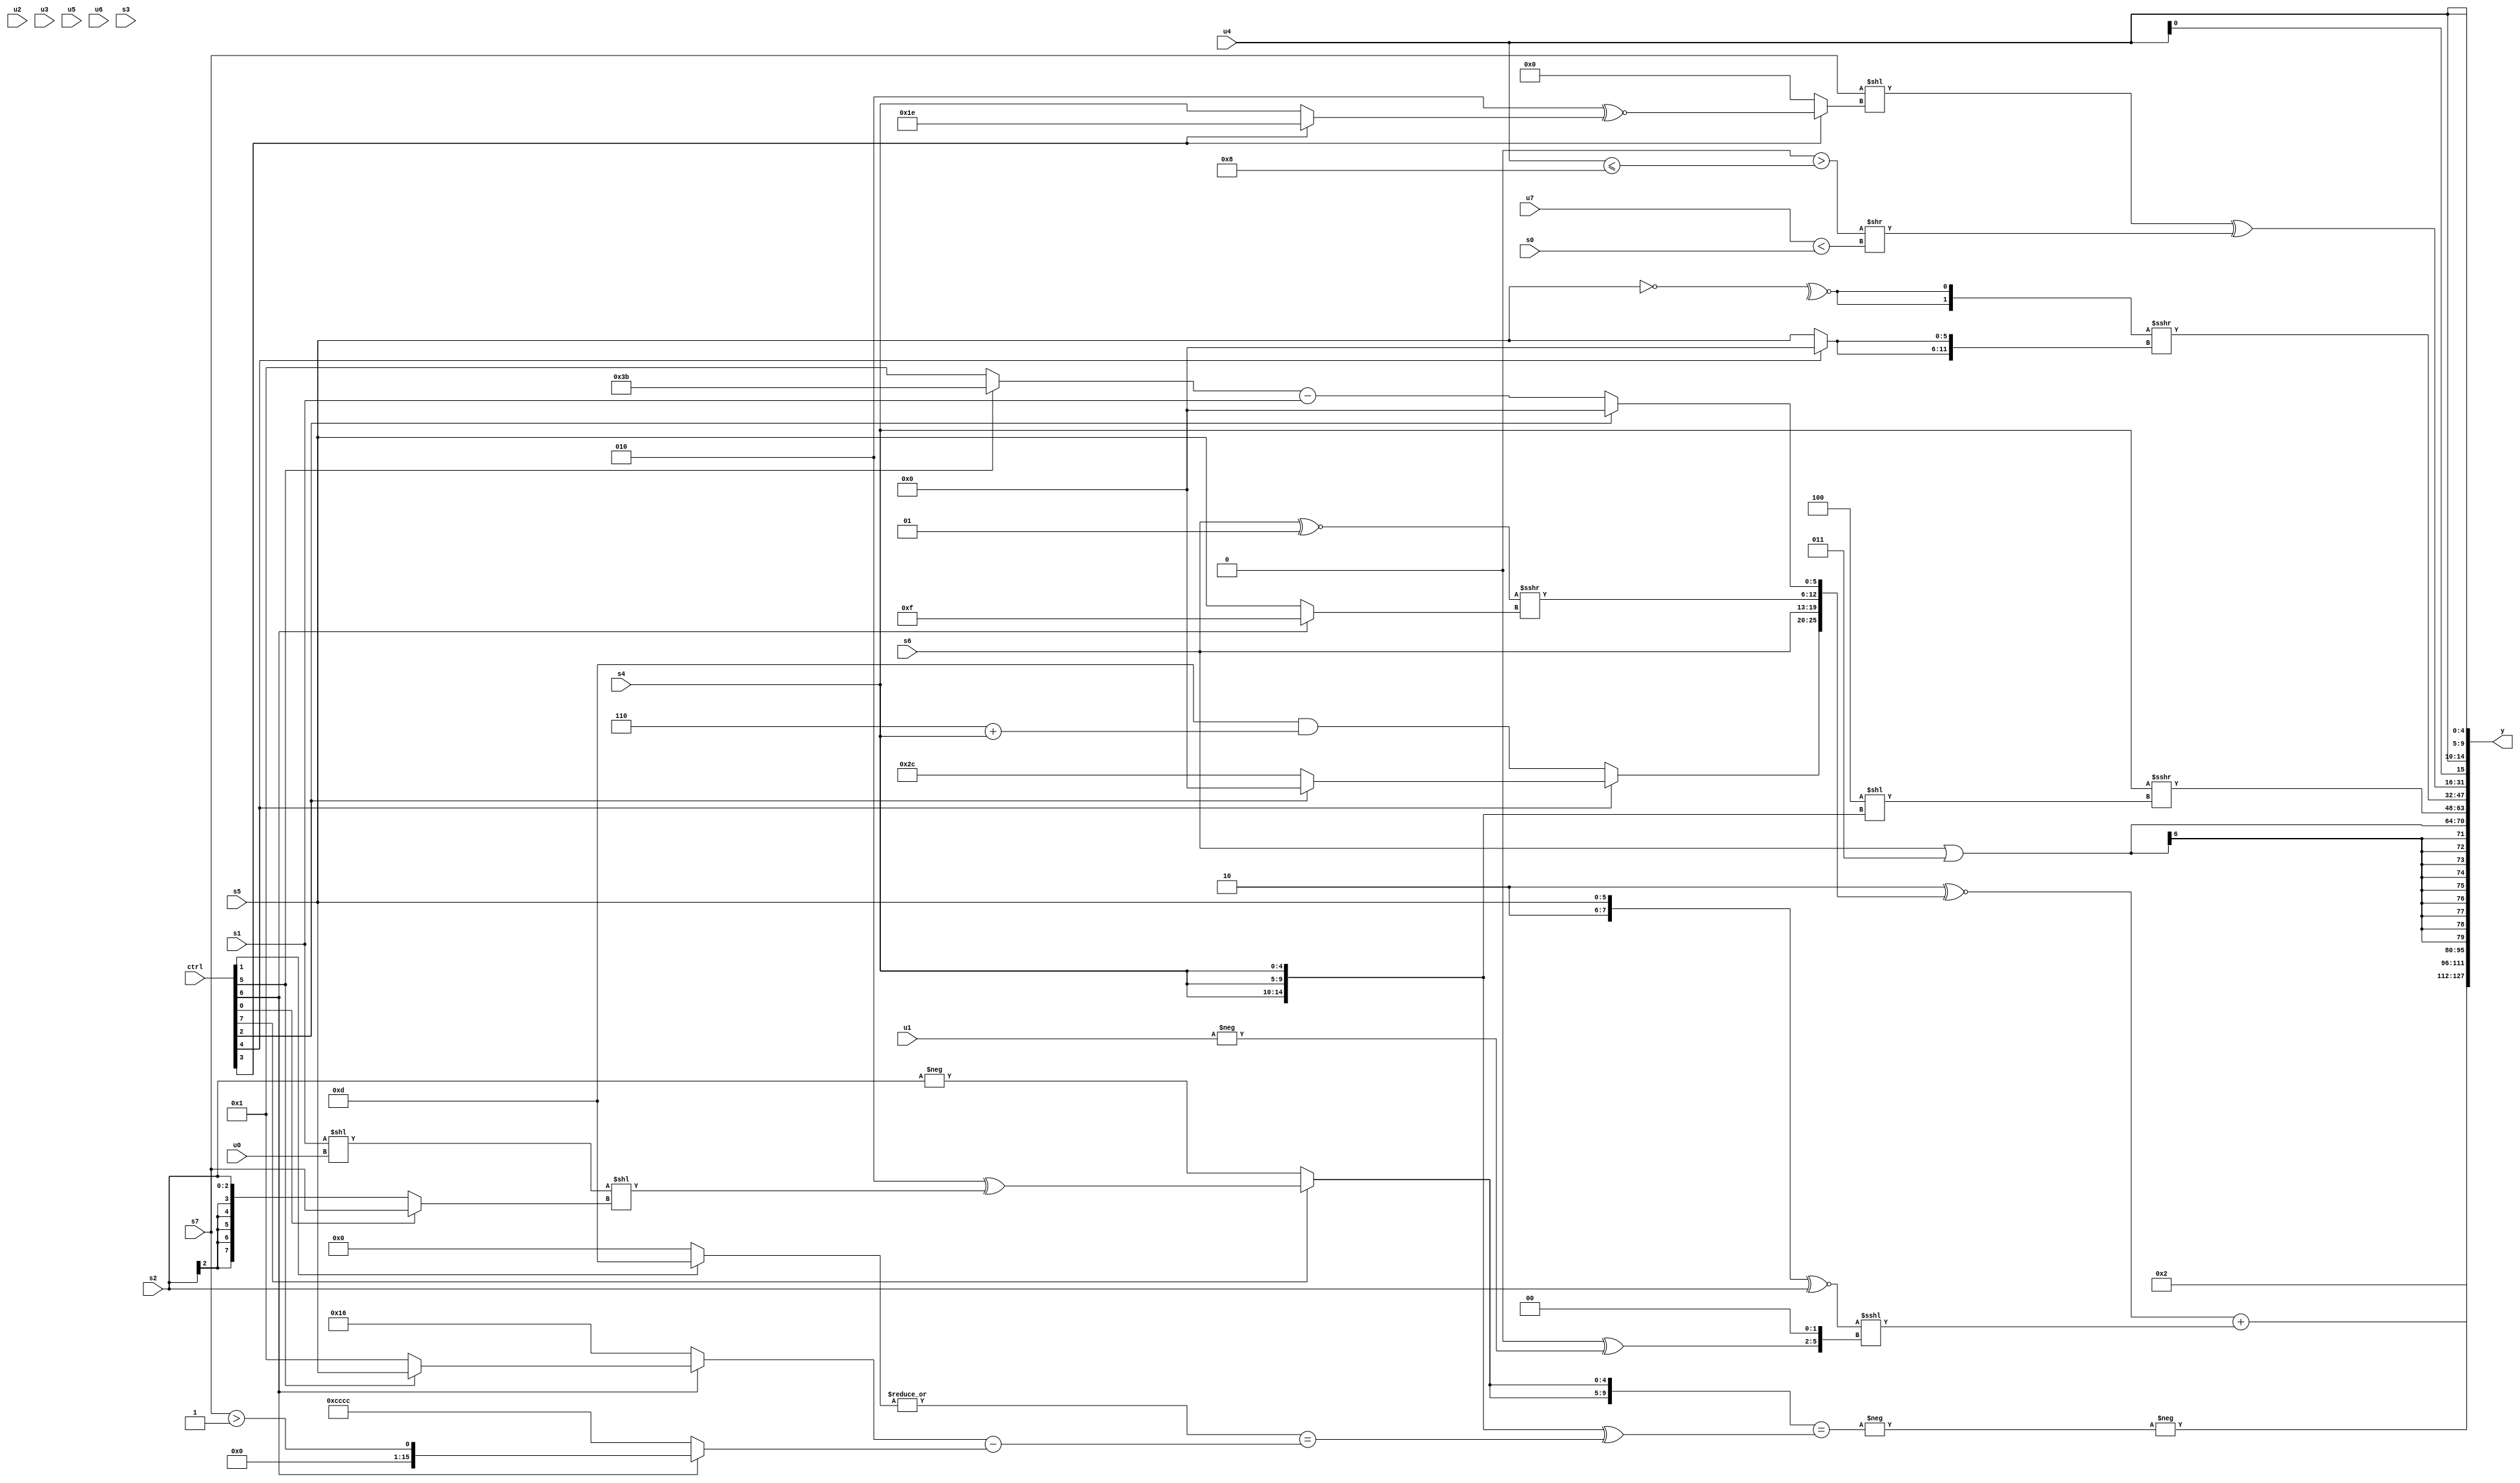
module wideexpr_00923(ctrl, u0, u1, u2, u3, u4, u5, u6, u7, s0, s1, s2, s3, s4, s5, s6, s7, y);
  input [7:0] ctrl;
  input [0:0] u0;
  input [1:0] u1;
  input [2:0] u2;
  input [3:0] u3;
  input [4:0] u4;
  input [5:0] u5;
  input [6:0] u6;
  input [7:0] u7;
  input signed [0:0] s0;
  input signed [1:0] s1;
  input signed [2:0] s2;
  input signed [3:0] s3;
  input signed [4:0] s4;
  input signed [5:0] s5;
  input signed [6:0] s6;
  input signed [7:0] s7;
  output [127:0] y;
  wire [15:0] y0;
  wire [15:0] y1;
  wire [15:0] y2;
  wire [15:0] y3;
  wire [15:0] y4;
  wire [15:0] y5;
  wire [15:0] y6;
  wire [15:0] y7;
  assign y = {y0,y1,y2,y3,y4,y5,y6,y7};
  assign y0 = -(+(-(({2{(ctrl[7]?(-((5'sb10101)>>>(2'b11)))^(((s1)<<(u0))<<((ctrl[0]?s7:s2))):-(s2))}})==(({3{s4}})^((&(|((ctrl[1]?4'sb1101:3'sb000))))==(((ctrl[6]?(ctrl[5]?s5:1'b1):5'b10110))-((ctrl[6]?(s7)>(3'sb111):{4{4'sb1100}}))))))));
  assign y1 = ($unsigned(1'sb1))<<(1'sb1);
  assign y2 = ($signed((3'sb010)^~({(ctrl[4]?(ctrl[2]?1'sb0:+(6'b101100)):(4'sb1101)&((3'sb110)+(s4))),(s6)>>>(-(1'sb0)),({1{(s6)^~(2'sb01)}})>>>((ctrl[6]?5'sb01111:s5)),(ctrl[2]?3'sb000:((ctrl[5]?6'sb111011:2'sb01))-(s1))})))+(($unsigned(($signed({2'sb10,$signed(s5)}))^~(s2)))<<<(($unsigned(+((6'sb010000)^(-(u1)))))<<<($signed({2'sb10}))));
  assign y3 = (s6)|(6'sb000011);
  assign y4 = (s4)>>>((+(3'b100))<<({3{s4}}));
  assign y5 = ({2{~^($signed(~($signed(s5))))}})>>>({2{(ctrl[4]?2'sb00:s5)}});
  assign y6 = ((s7)<<((ctrl[3]?(4'sb0010)^~((ctrl[3]?2'sb10:s4)):((1'sb0)<<(5'sb11101))^~($signed(2'b11)))))^(($signed((&(4'b0000))>((u4)<=(6'b001000))))>>($signed((u7)<(s0))));
  assign y7 = {{1{{((ctrl[1]?6'sb111010:(s3)<<(s1)))^((6'sb011100)>>((s7)&(3'b100))),3'sb011}}},5'sb01011,{4{$signed(u4)}}};
endmodule